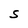
Character: S